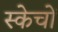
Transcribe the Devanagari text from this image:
स्केचों